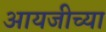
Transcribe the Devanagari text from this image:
आयजीच्या